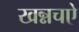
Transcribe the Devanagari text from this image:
खन्नचऐ